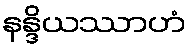
နန္ဒိယဿာဟံ